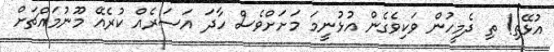
އުޅޭތި! ތި ދެމީހުން ވަކިވެގެން އުޅުނީމަ މަށަށްވެސް ހާދަ އަސަރެއް ކުރެއޭ މޫނުމައްޗަށް